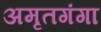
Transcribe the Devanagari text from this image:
अमृतगंगा